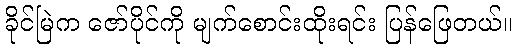
ခိုင်မြဲက ဇော်ပိုင်ကို မျက်စောင်းထိုးရင်း ပြန်ဖြေတယ်။